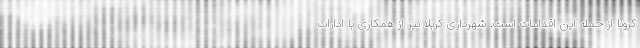
کرونا از جمله این اقدامات است. شهرداری کربلا نیز از همکاری با ادارات